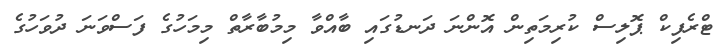
ޓްރެފިކް ޕޮލިސް ކުރިމަތިން އޮންނަ ދަނޑުގައި ބާއްވާ މިމުބާރާތް މިމަހުގެ ފަސްވަނަ ދުވަހުގެ